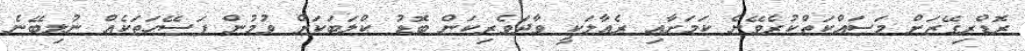
ރޮޑްރިގޭޒަށް މަސައްކަތްކުރެވޭނެ ކަމަށާއި ރެއާލަކީ ވާދަވެރިކަން ބޮޑު ކްލަބަކަށް ވުމުން ފަސޭހަތަކެއް ނުލިބޭނެ